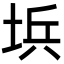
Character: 㙃